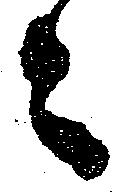
々